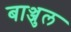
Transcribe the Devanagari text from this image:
बाञ्जुल